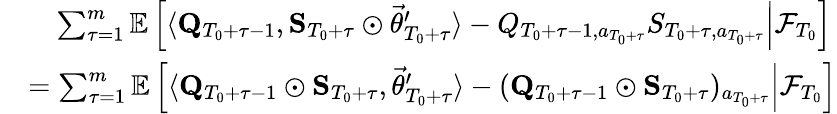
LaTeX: \begin{array}{rl}&{\quad\sum_{\tau=1}^{m}\mathbb E\left[\left.\langle\mathbf Q_{T_{0}+\tau-1},\mathbf S_{T_{0}+\tau}\odot\vec{\theta}_{T_{0}+\tau}^{\prime}\rangle-Q_{T_{0}+\tau-1,a_{T_{0}+\tau}}S_{T_{0}+\tau,a_{T_{0}+\tau}}\right\rvert\mathcal F_{T_{0}}\right]}\\ &{=\sum_{\tau=1}^{m}\mathbb E\left[\left.\langle\mathbf Q_{T_{0}+\tau-1}\odot\mathbf S_{T_{0}+\tau},\vec{\theta}_{T_{0}+\tau}^{\prime}\rangle-(\mathbf Q_{T_{0}+\tau-1}\odot\mathbf S_{T_{0}+\tau})_{a_{T_{0}+\tau}}\right\rvert\mathcal F_{T_{0}}\right]}\end{array}